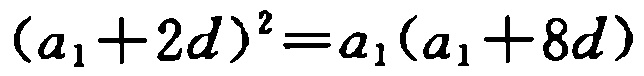
\((a_1 + 2d)^2 = a_1(a_1 + 8d)\)